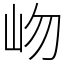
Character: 岉